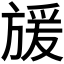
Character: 𭤿